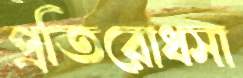
প্রতিরোধসা